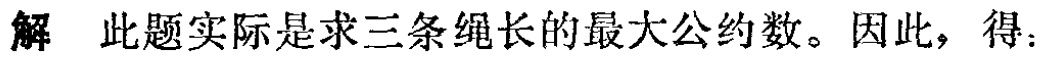
解 此题实际是求三条绳长的最大公约数。因此，得：